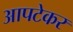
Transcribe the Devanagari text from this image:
आपटेकर